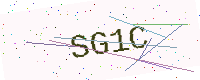
Text: SG1C